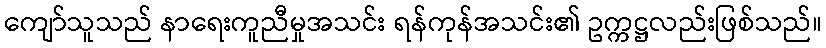
ကျော်သူသည် နာရေးကူညီမှုအသင်း ရန်ကုန်အသင်း၏ ဥက္ကဋ္ဌလည်းဖြစ်သည်။